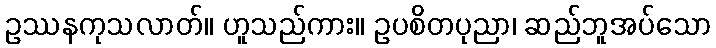
ဥဿနကုသလာတ်။ ဟူသည်ကား။ ဥပစိတပုညာ၊ ဆည်ဘူအပ်သော